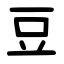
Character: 豆